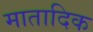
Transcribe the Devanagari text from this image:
मातादिक